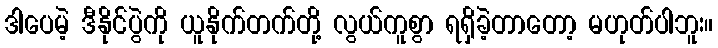
ဒါပေမဲ့ ဒီနိုင်ပွဲကို ယူနိုက်တက်တို့ လွယ်ကူစွာ ရရှိခဲ့တာတော့ မဟုတ်ပါဘူး။